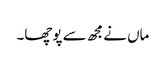
ماں نےمجھ سے پوچھا۔